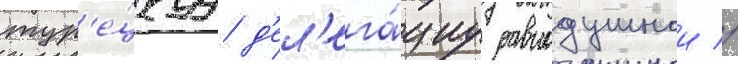
тур'е́цкуу д'ел'ега́циу равнодушнои //